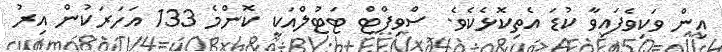
އިން ވަކިވެފައިވާ ކުޑަ އެތިކޮޅެކެވެ. ސްވިފްޓް ޓަޓުލްއަކީ ކޮންމެ 133 އަހަރަކުން އިރު